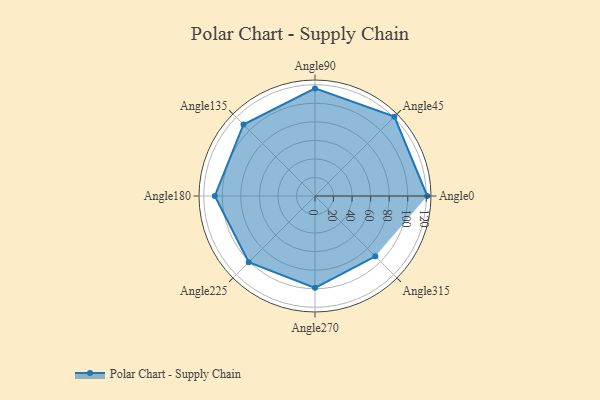
{"axis": {"x": "Angle", "y": "Radius"}, "legend": [""], "data": [{"x": "Angle0", "y": 121.0, "type": ""}, {"x": "Angle45", "y": 121.0, "type": ""}, {"x": "Angle90", "y": 116.0, "type": ""}, {"x": "Angle135", "y": 109.0, "type": ""}, {"x": "Angle180", "y": 108.0, "type": ""}, {"x": "Angle225", "y": 101.0, "type": ""}, {"x": "Angle270", "y": 99.0, "type": ""}, {"x": "Angle315", "y": 92.0, "type": ""}]}